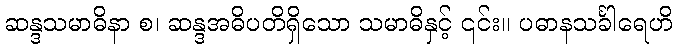
ဆန္ဒသမာဓိနာ စ၊ ဆန္ဒအဓိပတိရှိသော သမာဓိနှင့် ၎င်း။ ပဓာနသင်္ခါရေဟိ